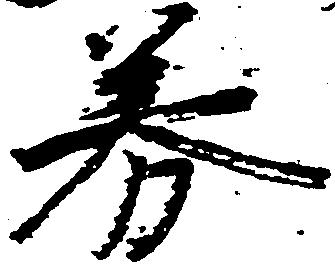
券